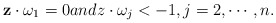
\begin{align*} \mathbf z\cdot \omega_1=0and z\cdot \omega_j<-1, j=2,\cdots,n. \end{align*}